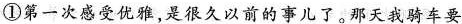
①第一次感受优雅，是很久以前的事儿了。那天我骑车要